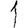
Digit: 1